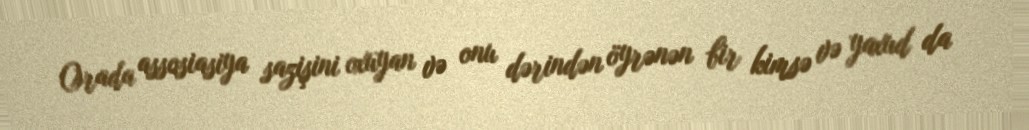
Orada assosiasiya sazişini oxuyan və onu dərindən öyrənən bir kimsə və yaxud da